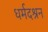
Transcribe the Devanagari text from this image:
धर्मदश्रन